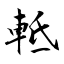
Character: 軧